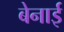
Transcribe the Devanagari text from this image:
बेनाई